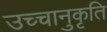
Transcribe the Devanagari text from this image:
उच्चानुकृति